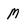
Character: M